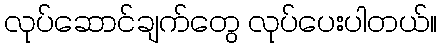
လုပ်ဆောင်ချက်တွေ လုပ်ပေးပါတယ်။